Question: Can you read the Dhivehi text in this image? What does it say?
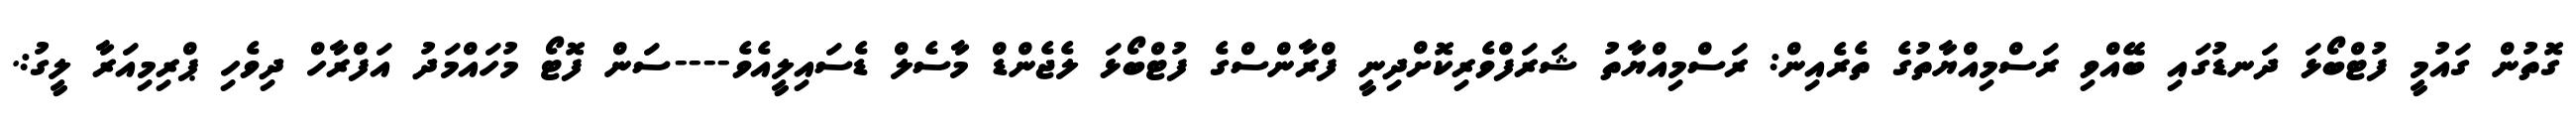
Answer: ގޮތުން ގައުމީ ފުޓްބޯޅަ ދަނޑުގައި ބޭއްވި ރަސްމިއްޔާތުގެ ތެރެއިން: ރަސްމިއްޔާތު ޝަރަފްވެރިކޮށްދިނީ ފްރާންސްގެ ފުޓްބޯޅަ ލެޖެންޑް މާސެލް ޑެސައިލީއެވެ----ސަން ފޮޓޯ މުހައްމަދު އަފްރާހް ދިވެހި ޕްރިމިއަރާ ލީގު:.